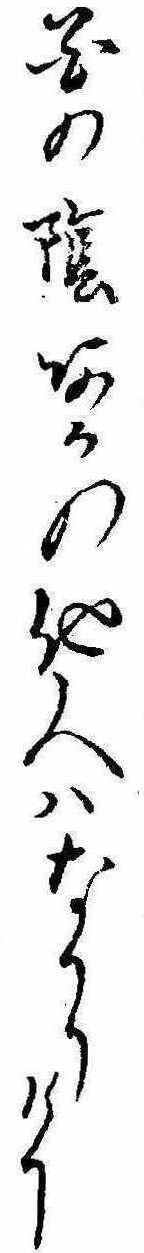
花の陰あかの他人はなかりけり